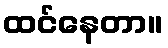
ထင်နေတာ။